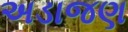
અડાજણ